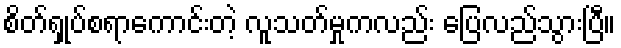
စိတ်ရှုပ်စရာကောင်းတဲ့ လူသတ်မှုကလည်း ပြေလည်သွားပြီ။